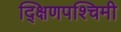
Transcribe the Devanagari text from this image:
द्क्षिणपश्चिमी